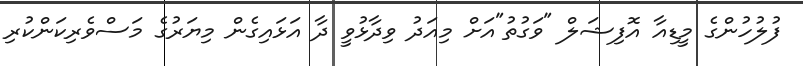
ފުލުހުންގެ މީޑިއާ އޮފިޝަލް "ވަގުތު"އަށް މިއަދު ވިދާޅުވީ ދާ އަޅައިގެން މިޔަރުގެ މަސްވެރިކަންކުރި